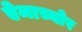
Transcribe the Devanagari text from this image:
ऐमाच्योर